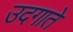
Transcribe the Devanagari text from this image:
उदगाते